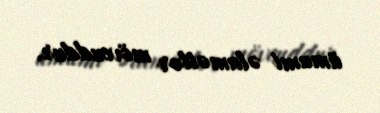
ümumi əlamətlər mövcuddur.